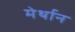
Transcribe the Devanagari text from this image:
मेर्थान